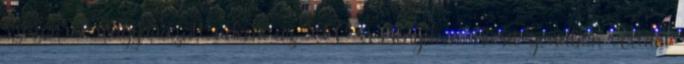
szezonról magyarázott nekem az XCO versenyeken. Kicsit gondban voltam